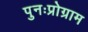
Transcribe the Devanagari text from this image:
पुनःप्रोग्राम